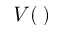
V ( \, )